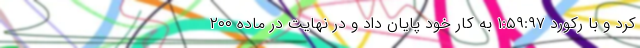
کرد و با رکورد ۱:۵۹:۹۷ به کار خود پایان داد و در نهایت در ماده ۲۰۰